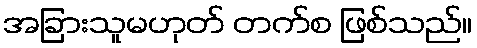
အခြားသူမဟုတ် တက်စ ဖြစ်သည်။